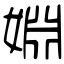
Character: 婣